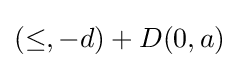
(\leq ,-d)+D(0,a)